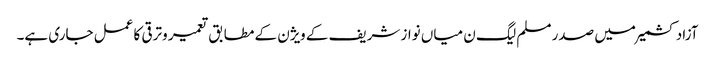
آزاد کشمیر میں صدر مسلم لیگ ن میاں نواز شریف کے ویژن کے مطابق تعمیر وترقی کا عمل جاری ہے۔